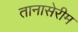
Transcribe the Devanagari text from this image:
तानासेरीम